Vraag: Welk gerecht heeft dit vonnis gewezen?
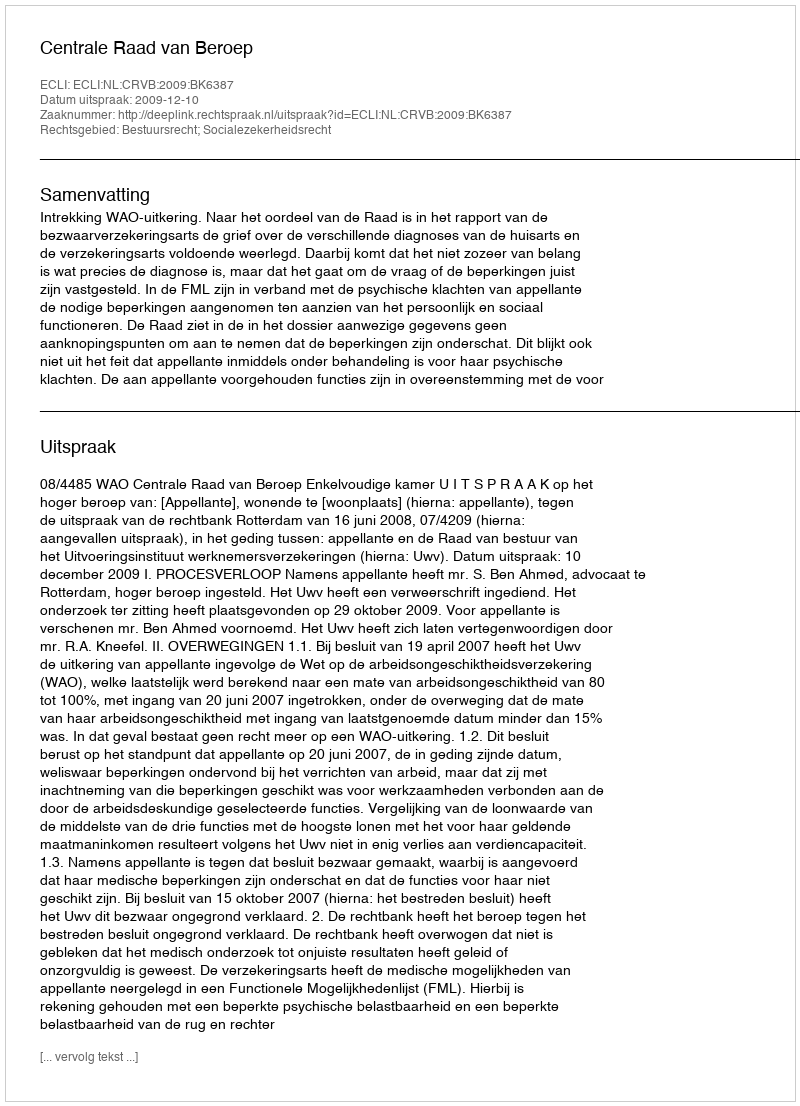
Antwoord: Centrale Raad van Beroep